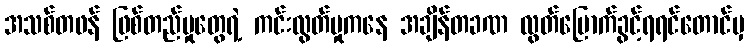
အသစ်တဖန် ဖြစ်တည်မှုတွေရဲ့ ကင်းလွတ်မှုကနေ အချိန်တခဏ လွတ်မြောက်ခွင့်ရရင်တောင်မှ